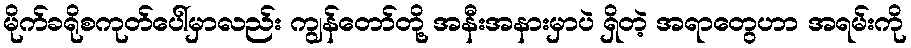
မိုက်ခရိုစကုတ်ပေါ်မှာလည်း ကျွန်တော်တို့ အနီးအနားမှာပဲ ရှိတဲ့ အရာတွေဟာ အရမ်းကို